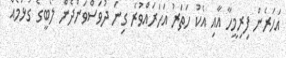
އަހަރެން ފިރިމީހާ އާއި އެކު ހަތަރު އަހަރައްވުރެ ގިނަ ދުވަސްވަންދެން ލޯބީގެ ގުޅުމެއް